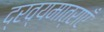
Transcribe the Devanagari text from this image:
द्रव्यमात्राएँ